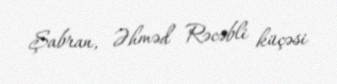
Şabran, Əhməd Rəcəbli küçəsi